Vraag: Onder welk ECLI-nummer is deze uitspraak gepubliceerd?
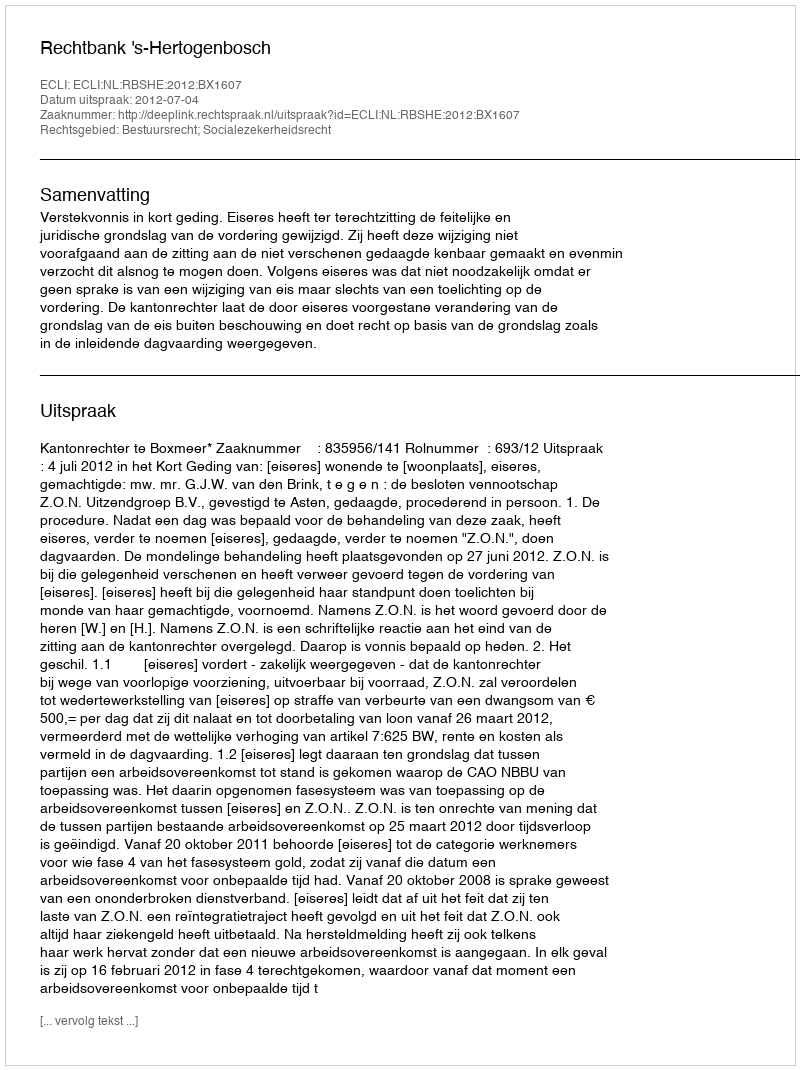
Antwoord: ECLI:NL:RBSHE:2012:BX1607